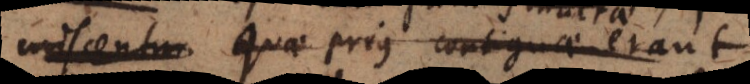
miscentur quae prius contiguae erant